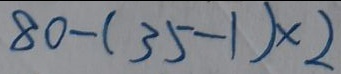
8 0 - ( 3 5 - 1 ) \times 2